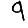
Digit: 9